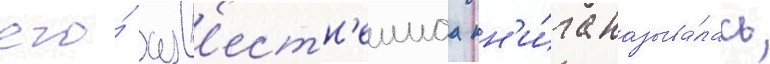
его́ изв'естн'еишаа кн'и́га называ́лась